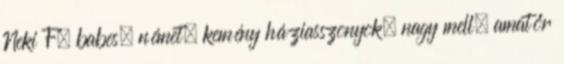
Neki F. babes, német, kemény háziasszonyok, nagy mell, amatőr